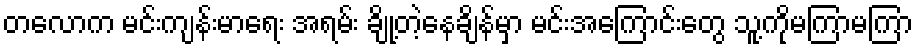
တလောက မင်းကျန်းမာရေး အရမ်း ချို့တဲ့နေချိန်မှာ မင်းအကြောင်းတွေ သူ့ကိုမကြာမကြာ